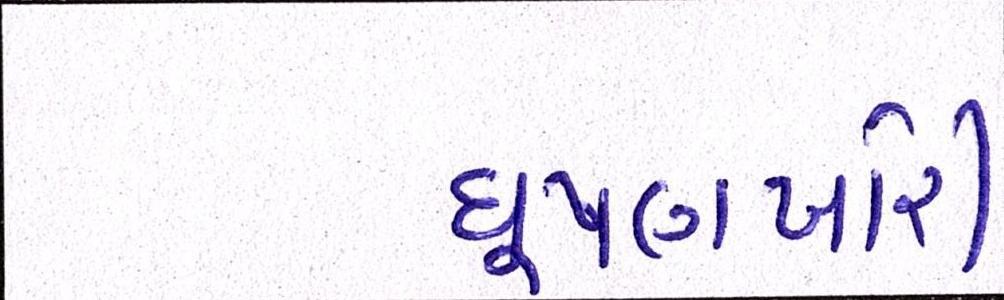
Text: ઘૂષણખોરી